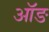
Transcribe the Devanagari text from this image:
ऑङ